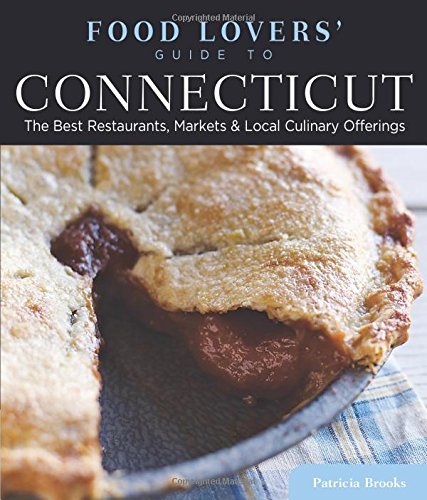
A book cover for Food Lovers' Guide toÂ® Connecticut: The Best Restaurants, Markets & Local Culinary Offerings (Food Lovers' Series); Lester Brooks; Cookbooks, Food & Wine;